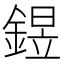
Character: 𨩄